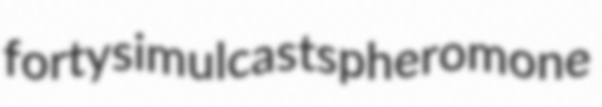
forty simulcasts pheromone